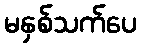
မနှစ်သက်ပေ